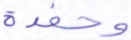
وحفدة